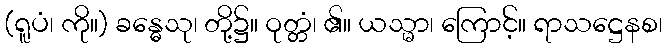
(ရူပံ၊ ကို။) ခန္ဓေသု၊ တို့၌။ ဝုတ္တံ၊ ၏။ ယသ္မာ၊ ကြောင့်။ ရာသဋ္ဌေနစ၊